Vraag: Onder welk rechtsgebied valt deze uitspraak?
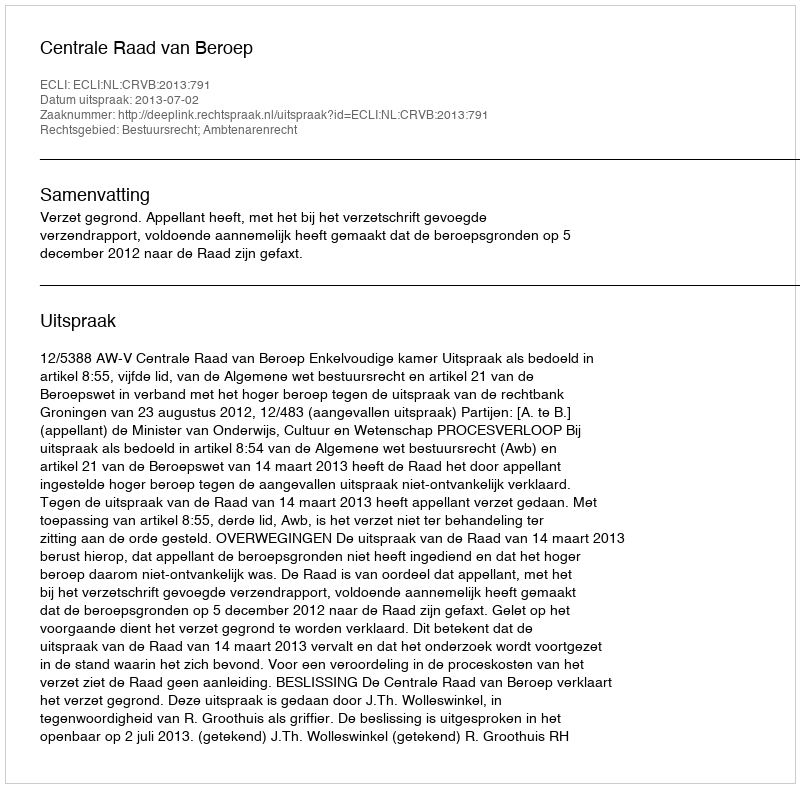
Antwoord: Bestuursrecht; Ambtenarenrecht